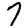
Digit: 7